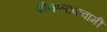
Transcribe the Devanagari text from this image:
बीनालाकवामी